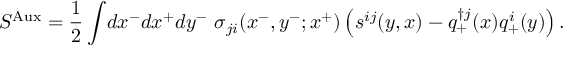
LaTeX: S ^ { \mathrm { A u x } } = \frac { 1 } { 2 } \int \! d x ^ { - } d x ^ { + } d y ^ { - } ~ \sigma _ { j i } ( x ^ { - } , y ^ { - } ; x ^ { + } ) \left( s ^ { i j } ( y , x ) - q _ { + } ^ { \dag j } ( x ) q _ { + } ^ { i } ( y ) \right) .